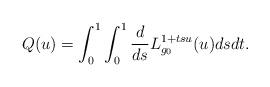
LaTeX: \begin{align*}Q(u)=\int_0^1\int_0^1\frac{d}{ds}L_{g_0}^{1+tsu}(u)dsdt.\end{align*}